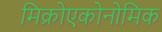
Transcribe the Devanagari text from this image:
मिक्रोएकोनोमिक